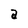
Character: a